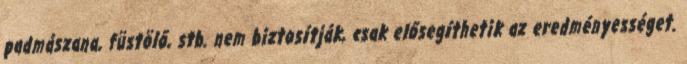
padmászana, füstölő, stb. nem biztosítják, csak elősegíthetik az eredményességet.